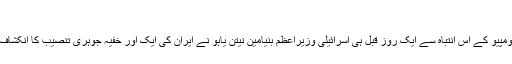
‘‘
مائیک پومپیو کے اس انتباہ سے ایک روز قبل ہی اسرائیلی وزیراعظم بنیامین نیتن یاہو نے ایران کی ایک اور خفیہ جوہری تنصیب کا انکشاف کیا تھا۔